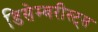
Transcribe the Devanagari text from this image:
डिसेम्बरीस्ट्स